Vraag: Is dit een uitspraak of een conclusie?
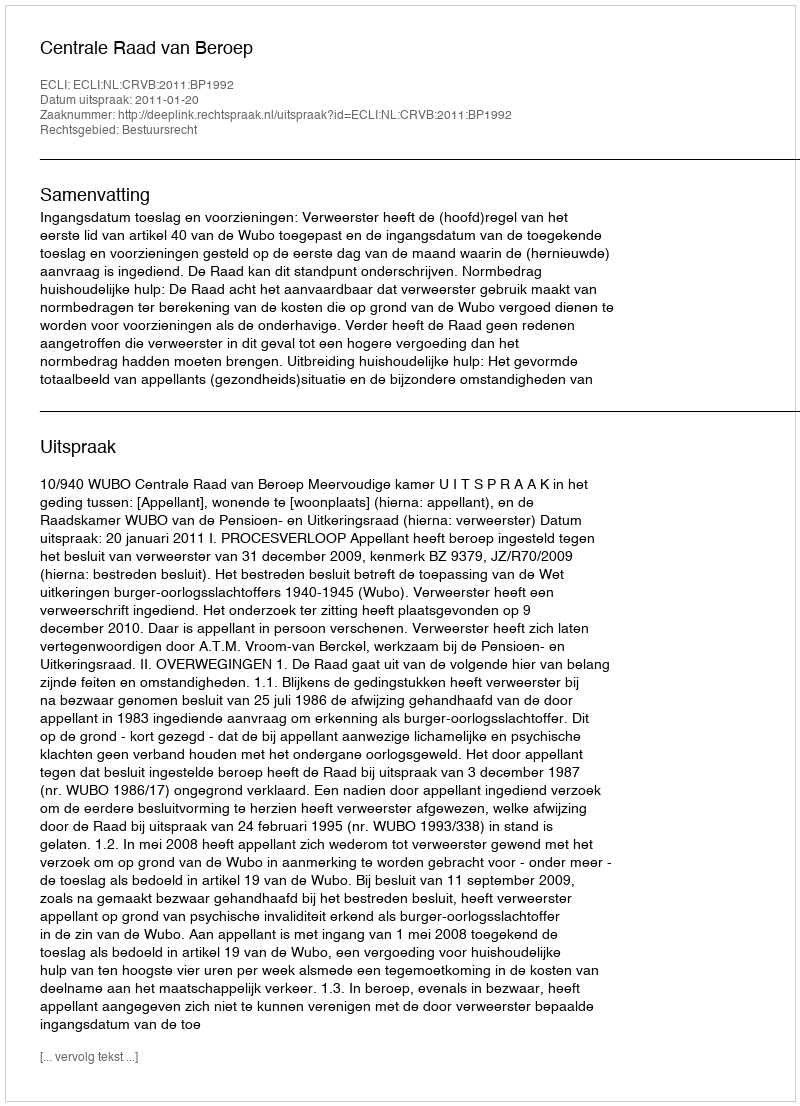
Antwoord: Uitspraak